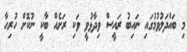
މި ބައްދަލުވުމުގައި ނައިބު ރައީސް ވިދާޅުވީ ވަކި ރަށެއް ބާކީ ނުކޮށް ހުރިހާ